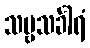
သဗ္ဗသင်္ခါရံ